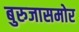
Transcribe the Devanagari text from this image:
बुरुजासमोर